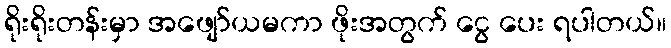
ရိုးရိုးတန်းမှာ အဖျော်ယမကာ ဖိုးအတွက် ငွေ ပေး ရပါတယ်။